Code of medical and sanitary regulations for the guidance of medical officers serving in the Madras Presidency - Volume I
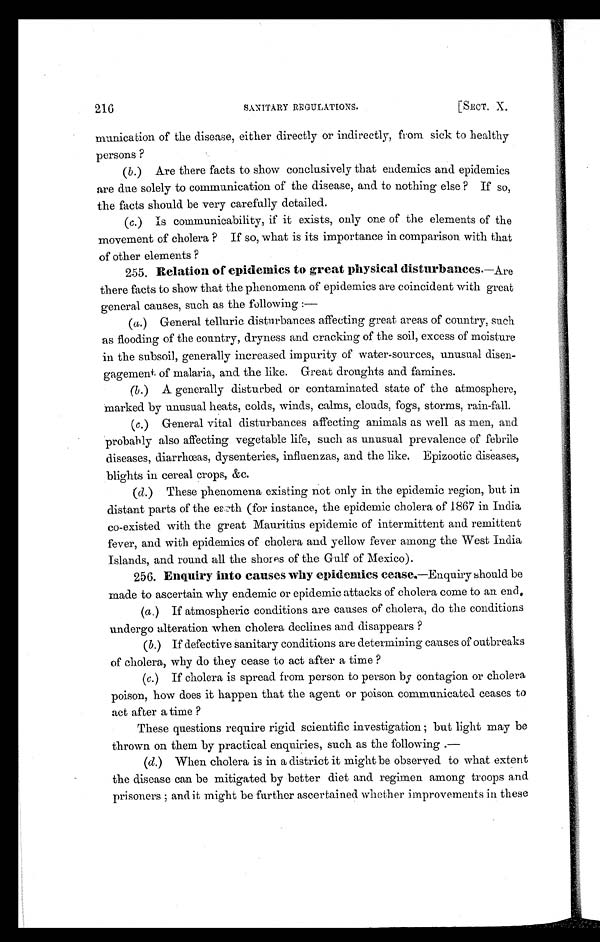
216
SANITARY REGULATIONS.
[SECT. X.
munica don of the disease, either directly or indirectly, from sick to healthy
persons ?
(b.) Are there facts to show conclusively that endemics and epidemics
are due solely to communication of the disease, and to nothing else ? If so,
the facts should be very carefully detailed.
(c.) Is communicability, if it exists, only one of the elements of the
movement of cholera ? If so, what is its importance in comparison with that
of other elements ?
255, Relation of epidemics to great physical disturbances.— A r e
there facts to show that the phenomena of epidemics are coincident with great
general causes, such as the following :
—
(a.) General telluric disturbances affecting great areas of country, such
as flooding of the country, dryness and cracking of the soil, excess of moisture
in the subsoil, generally increased impurity of water-sources, unusual disen-
gagement of malaria, and the like. Great droughts and famines.
(b.) A generally disturbed or contaminated state of the atmosphere,
Marked by unusual heats, colds, winds, calms, clouds, fogs, storms, rain-fall.
(c.) General vital disturbances affecting animals as well as men, and
probably also affecting vegetable life, such as unusual prevalence of febrile
diseases, diarrhœas, dysenteries, influenzas, and the like. Epizootic diseases,
blights in cereal crops, &c.
(d.) These phenomena existing not only in the epidemic region, but in.
distant parts of the earth (for instance, the epidemic cholera of 1867 in India
co-existed with the great Mauritius epidemic of intermittent and remittent
fever, and with epidemics of cholera and yellow fever among the West India
Islands, and round all the shores of the Gulf of Mexico).
256. Enquiry into causes why epidemics ceases.— E n q u i r y
s h o u l d b e
made to ascertain why endemic or epidemic attacks of cholera come to an end.
(a.) If atmospheric conditions are causes of cholera, do the conditions
undergo alteration when cholera declines and disappears ?
(b.) If defective sanitary conditions are determining causes of outbreaks
of cholera, why do they cease to act after a time ?
(c.) If cholera is spread from person to person by contagion or cholera
poison, how does it happen that the agent or poison communicated ceases to
act after a time ?
These questions require rigid scientific investigation ; but light may be
thrown on them by practical enquiries, such as the following.
—
(d.) When cholera is in a district it might be observed to what extent
the disease can be mitigated by better diet and regimen among troops and
prisoners ; and it might be further ascertained whether improvements in these